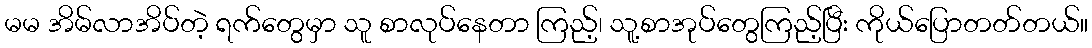
မမ အိမ်လာအိပ်တဲ့ ရက်တွေမှာ သူ စာလုပ်နေတာ ကြည့်၊ သူ့စာအုပ်တွေကြည့်ပြီး ကိုယ်ပြောတတ်တယ်။